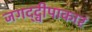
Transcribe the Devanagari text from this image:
जगद्द्वीपाकारं